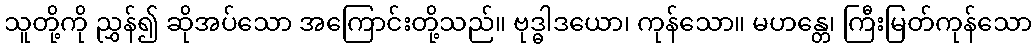
သူတို့ကို ညွှန်၍ ဆိုအပ်သော အကြောင်းတို့သည်။ ဗုဒ္ဓါဒယော၊ ကုန်သော။ မဟန္တေ၊ ကြီးမြတ်ကုန်သော